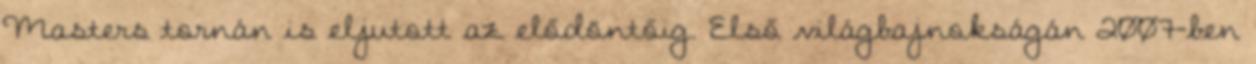
Masters tornán is eljutott az elődöntőig. Első világbajnokságán 2007-ben